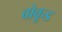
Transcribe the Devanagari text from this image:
बोकूड